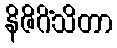
နိဇိဂိံသိတာ